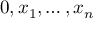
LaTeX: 0 , x _ { 1 } , \ldots , x _ { n }